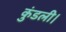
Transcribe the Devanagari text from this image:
कुंडली।